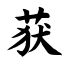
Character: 获